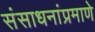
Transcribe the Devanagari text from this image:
संसाधनांप्रमाणे